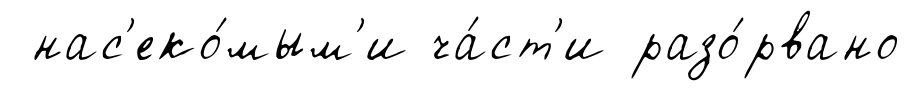
нас'еко́мым'и ча́ст'и разо́рвано